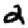
Digit: 2